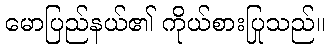
မောပြည်နယ်၏ ကိုယ်စားပြုသည်။